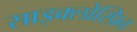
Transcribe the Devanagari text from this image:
साइक्लोस्प्रिन